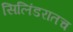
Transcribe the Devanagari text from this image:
सिलिंडरातच